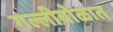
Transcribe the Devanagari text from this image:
गल्लीबोळात